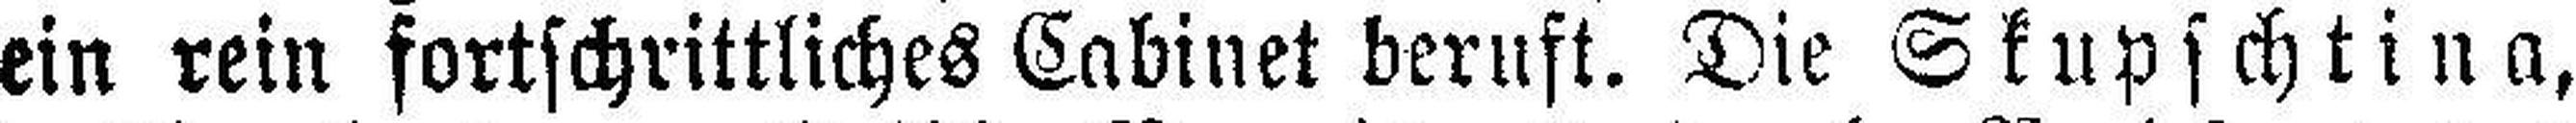
ein rein fortschrittliches Cabinet beruft. Die Skupschtina,